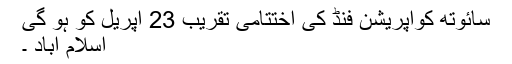
سائوتھ کوآپریشن فنڈ کی اختتامی تقریب 23 اپریل کو ہو گی
اسلام آباد ۔